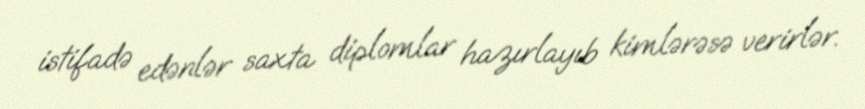
istifadə edənlər saxta diplomlar hazırlayıb kimlərəsə verirlər.